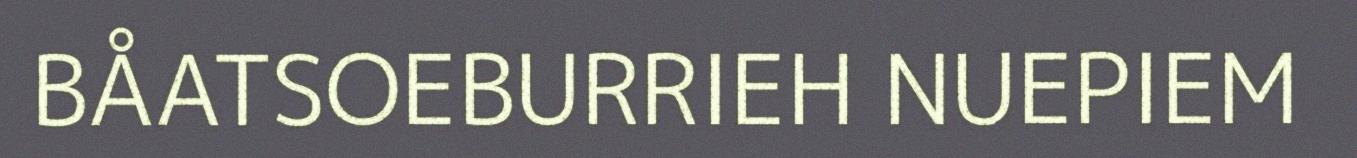
BÅATSOEBURRIEH NUEPIEM